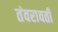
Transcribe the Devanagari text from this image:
तंवरावती